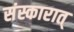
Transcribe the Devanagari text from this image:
संस्कारात्‌